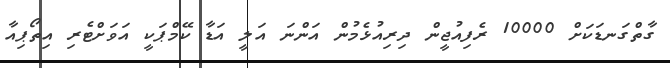
ގާތްގަނޑަކަށް 10000 ރެފިއުޖީން ދިރިއުޅެމުން އަންނަ އަލީ އަޑާ ކޭމްޕަކީ އަވަށްޓެރި އިތޯޕިއާ